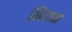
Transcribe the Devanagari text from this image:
मियम